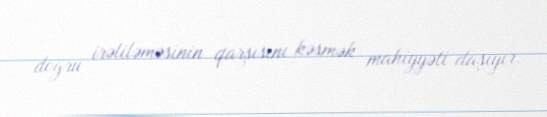
doğru irəliləməsinin qarşısını kəsmək mahiyyəti daşıyır.